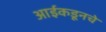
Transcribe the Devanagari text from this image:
आईकडूनचे